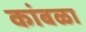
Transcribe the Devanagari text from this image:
कांबळा